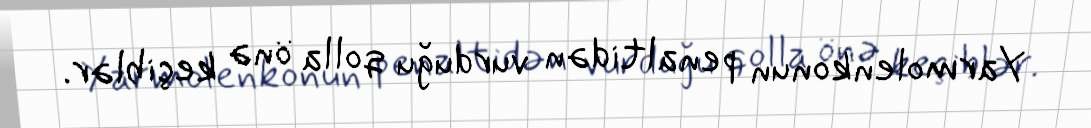
Yarmolenkonun penaltidən vurduğu qolla önə keçiblər.